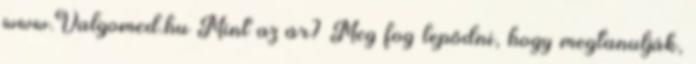
www.Valgomed.hu Mint az ár? Meg fog lepődni, hogy megtanulják,